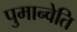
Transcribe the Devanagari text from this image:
पुमान्वेति